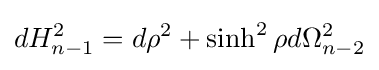
dH_{n-1}^{2}=d\rho ^{2}+\sinh ^{2}\rho d\Omega _{n-2}^{2}